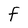
Character: F